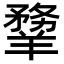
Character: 𦏃